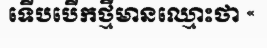
ទើបបើកថ្មីមានឈ្មោះថា «